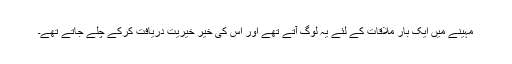
مہینے میں ایک بار ملاقات کے لئے یہ لوگ آتے تھے اور اس کی خیر خیریت دریافت کرکے چلے جاتے تھے۔